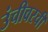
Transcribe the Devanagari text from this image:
उंचीवरची